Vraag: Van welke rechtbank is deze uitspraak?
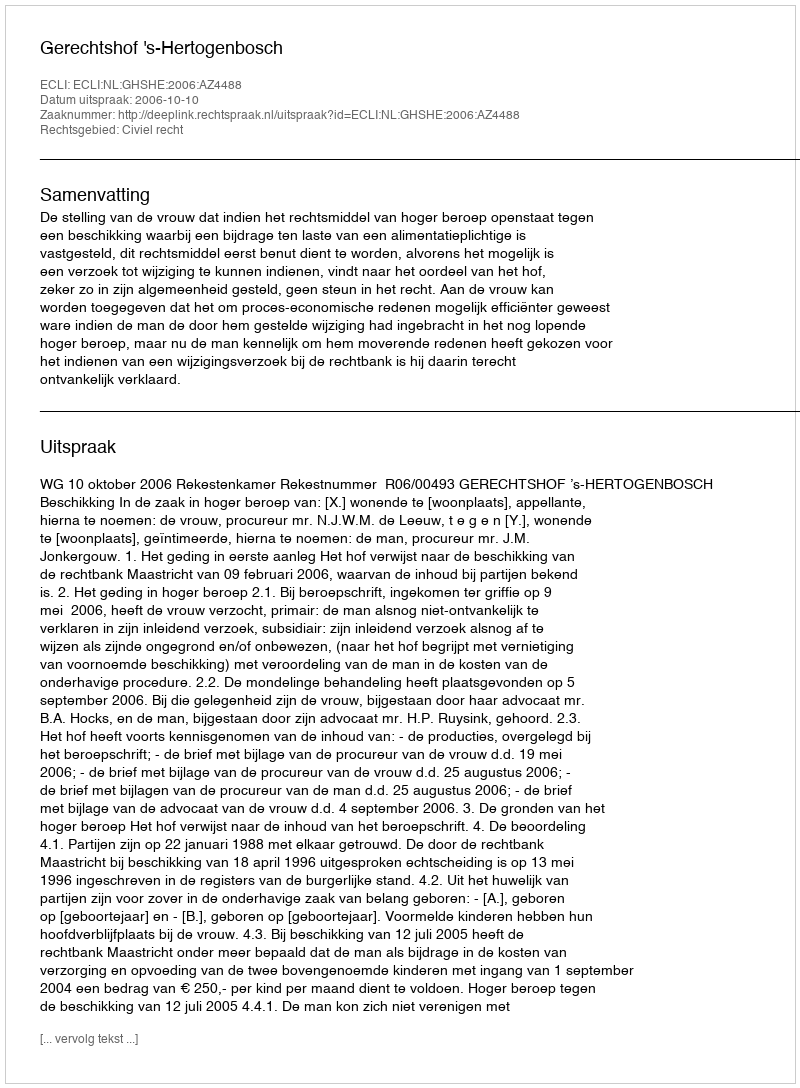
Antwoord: Gerechtshof 's-Hertogenbosch